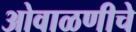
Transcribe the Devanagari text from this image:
ओवाळणीचे